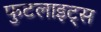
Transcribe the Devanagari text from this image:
फुटलाइट्स